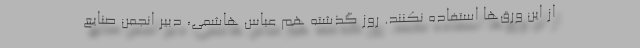
از این ورق‌ها استفاده نکنند. روز گذشته هم عباس هاشمی، دبیر انجمن صنایع